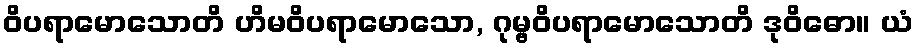
ဝိပရာမောသောတိ ဟိမဝိပရာမောသော, ဂုမ္ဗဝိပရာမောသောတိ ဒုဝိဓော။ ယံ